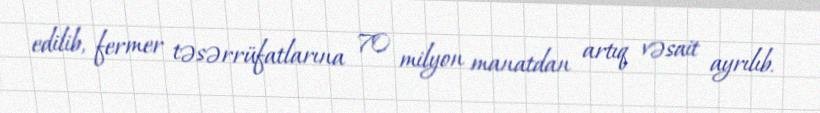
edilib, fermer təsərrüfatlarına 70 milyon manatdan artıq vəsait ayrılıb.